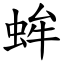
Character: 蛑